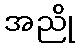
အညို